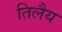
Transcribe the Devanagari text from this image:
तिलैय